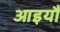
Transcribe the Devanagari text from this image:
आइयौ